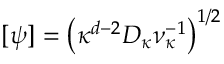
[ \psi ] = \big ( \kappa ^ { d - 2 } D _ { \kappa } \nu _ { \kappa } ^ { - 1 } \big ) ^ { 1 / 2 }